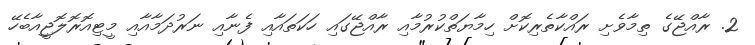
2. ރާއްޖޭގެ ތިމާވެށި ރައްކާތެރިކޮށް ހިމާޔަތްކުރުމާއި ރާއްޖޭގައި ހަކަތައާއި ފެނާއި ނަރުދަމާއާއި މީޓިއޮރޮލޮޖީއާބެހޭ